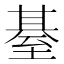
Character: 𦥄